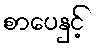
စာပေနှင့်